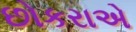
છોકરાએ